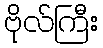
ဗိုလ်ကြီး